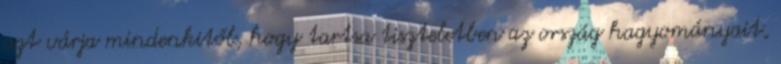
azt várja mindenkitől, hogy tartsa tiszteletben az ország hagyományait,